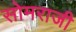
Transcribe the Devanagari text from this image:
सोमराजी